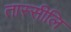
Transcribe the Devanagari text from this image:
तास्सीलि